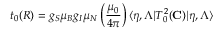
t _ { 0 } ( R ) = g _ { S } \mu _ { B } g _ { I } \mu _ { N } \left( \frac { \mu _ { 0 } } { 4 \pi } \right) \langle \eta , \Lambda | T _ { 0 } ^ { 2 } ( { \bf C } ) | \eta , \Lambda \rangle